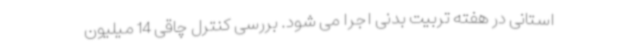
استانی در هفته تربیت بدنی اجرا می شود. بررسی کنترل چاقی 14 میلیون